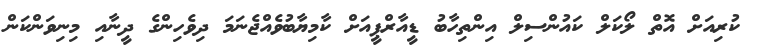
ކުރިއަށް އޮތް ލޯކަލް ކައުންސިލް އިންތިހާބު ޑީއާރްޕީއަށް ކާމިޔާބުވެއްޖެނަމަ ދިވެހިންގެ ދީނާއި މިނިވަންކަން